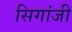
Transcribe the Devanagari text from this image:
सिगांजी